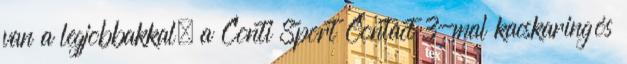
van a legjobbakkal, a Conti Sport Contact 3-mal kacskaringós